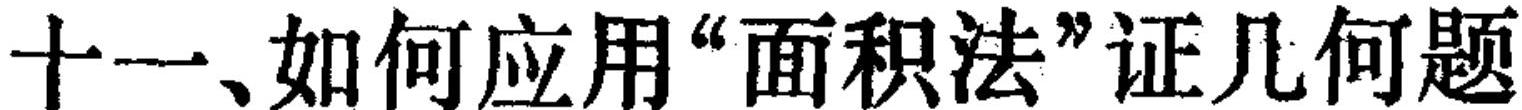
十一、如何应用“面积法”证几何题